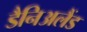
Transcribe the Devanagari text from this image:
डैनिअलैंड